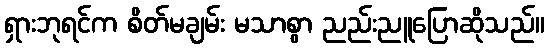
ရှားဘုရင်က စိတ်မချမ်း မသာစွာ ညည်းညူပြောဆိုသည်။